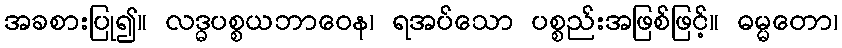
အခစားပြု၍။ လဒ္ဓပစ္စယဘာဝေန၊ ရအပ်သော ပစ္စည်းအဖြစ်ဖြင့်။ ဓမ္မတော၊